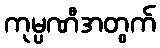
ကုမ္ပဏီအတွက်